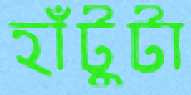
হাঁটুটা